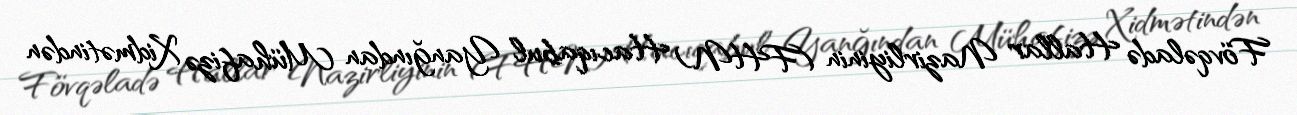
Fövqəladə Hallar Nazirliyinin (FHN) Hacıqabul Yanğından Mühafizə Xidmətindən